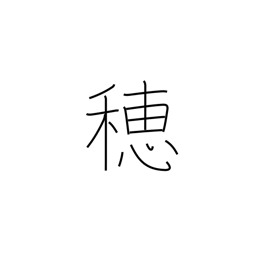
Meaning: ear (grain)